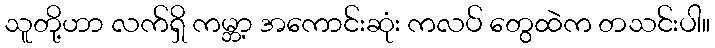
သူတို့ဟာ လက်ရှိ ကမ္ဘာ့ အကောင်းဆုံး ကလပ် တွေထဲက တသင်းပါ။